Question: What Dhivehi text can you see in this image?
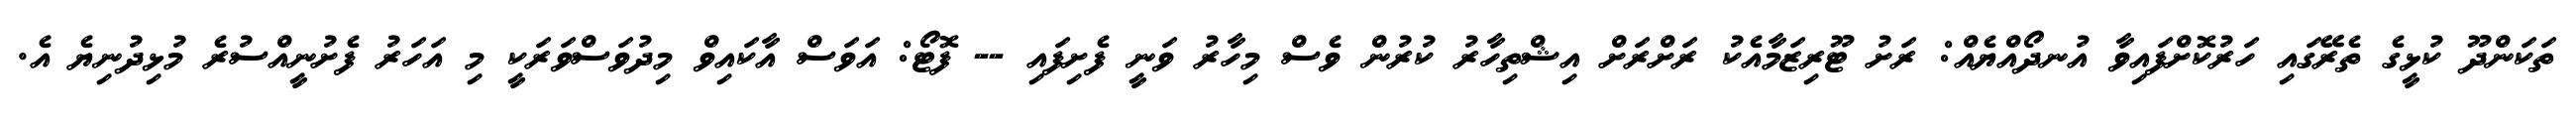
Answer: ތަކަންދޫ ކުޅީގެ ތެރޭގައި ހަރުކޮށްފައިވާ އުނދޯއްޔެއް: ރަށު ޓޫރިޒަމާއެކު ރަށްރަށް އިޝްތިހާރު ކުރުން ވެސް މިހާރު ވަނީ ފެށިފައި -- ފޮޓޯ: އަވަސް އާކައިވް މިދުވަސްވަރަކީ މި އަހަރު ފެށުނީއްސުރެ މުޅިދުނިޔެ އެ.